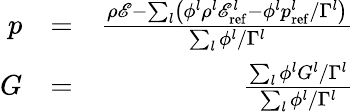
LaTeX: \begin{array}{rlr}{p}&{=}&{\frac{\rho\mathscr{E}-\sum_{l}\left(\phi^{l}\rho^{l}\mathscr{E}_{\mathrm{ref}}^{l}-\phi^{l}p_{\mathrm{ref}}^{l}/\Gamma^{l}\right)}{\sum_{l}\phi^{l}/\Gamma^{l}}}\\ {G}&{=}&{\frac{\sum_{l}\phi^{l}G^{l}/\Gamma^{l}}{\sum_{l}\phi^{l}/\Gamma^{l}}}\end{array}